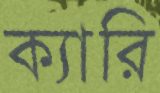
ক্যারি